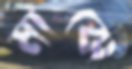
মাঝে